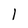
Character: I